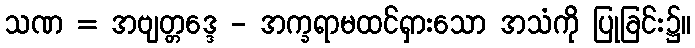
သဏ = အဗျတ္တဒ္ဒေ - အက္ခရာမထင်ရှားသော အသံကို ပြုခြင်း၌။